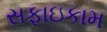
સફાઇકામ